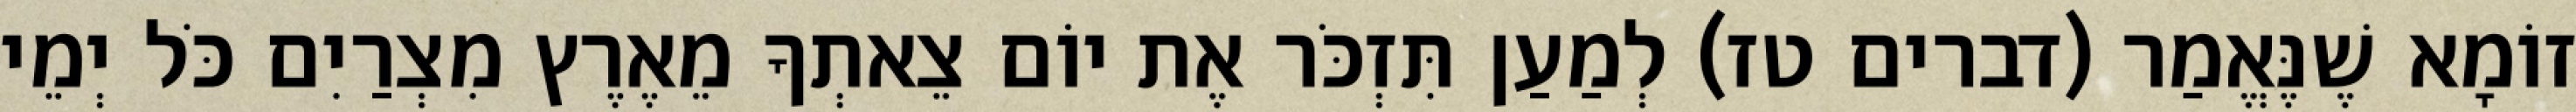
זוֹמָא שֶׁנֶּאֱמַר (דברים טז) לְמַעַן תִּזְכֹּר אֶת יוֹם צֵאתְךָ מֵאֶרֶץ מִצְרַיִם כֹּל יְמֵי